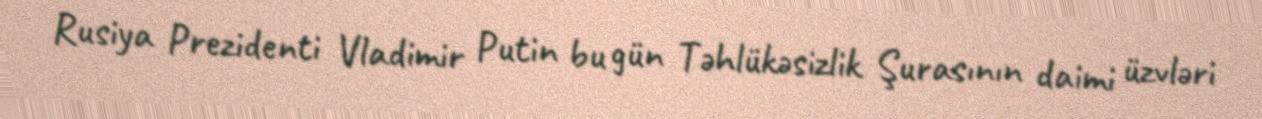
Rusiya Prezidenti Vladimir Putin bu gün Təhlükəsizlik Şurasının daimi üzvləri